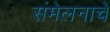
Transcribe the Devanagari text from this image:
संमेलनाचें